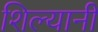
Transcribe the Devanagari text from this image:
शिल्यानी